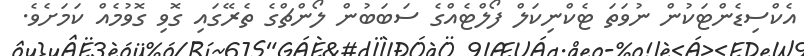
އެކްސިޑެންޓަކުން ނުވަތަ ޓެކްނިކަލް ފޯލްޓެއްގެ ސަބަބުން ލޯންޗްގެ ތެރޭގައި ގޮވި ގޮވުމެއް ކަމަށެވެ.